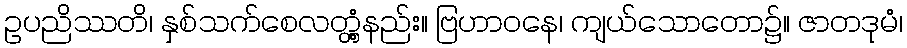
ဥပညိဿတိ၊ နှစ်သက်စေလတ္တံ့နည်း။ ဗြဟာဝနေ၊ ကျယ်သောတော၌။ ဇာတဒုမံ၊